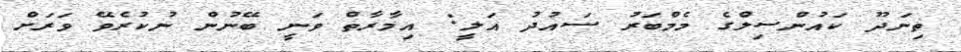
ތިނަދޫ ކައުންސިލްގެ މެމްބަރު ސައުދު އަލީ: އިމާރާތް ވަނީ ބޭނުން ނުކުރެވޭ ވަރަށް